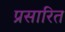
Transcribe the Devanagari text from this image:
प्रसारित